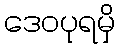
ဒေဝပုရမှိ